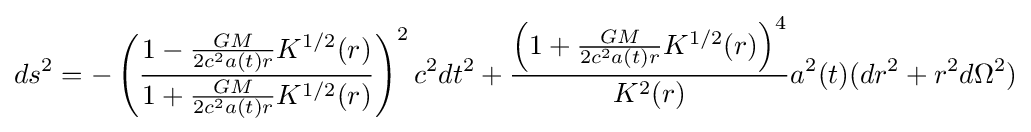
ds^{2}=-\left({\frac {1-{\frac {GM}{2c^{2}a(t)r}}K^{1/2}(r)}{1+{\frac {GM}{2c^{2}a(t)r}}K^{1/2}(r)}}\right)^{2}c^{2}dt^{2}+{\frac {\left(1+{\frac {GM}{2c^{2}a(t)r}}K^{1/2}(r)\right)^{4}}{K^{2}(r)}}a^{2}(t)(dr^{2}+r^{2}d\Omega ^{2})